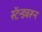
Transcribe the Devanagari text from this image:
स्टॅन्डवरून